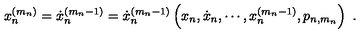
x _ { n } ^ { ( m _ { n } ) } = \dot { x } _ { n } ^ { ( m _ { n } - 1 ) } = \dot { x } _ { n } ^ { ( m _ { n } - 1 ) } \left( x _ { n } , \dot { x } _ { n } , \cdots , x _ { n } ^ { ( m _ { n } - 1 ) } , p _ { n , m _ { n } } \right) \ .